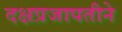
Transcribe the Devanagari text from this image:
दक्षप्रजापतीने